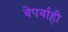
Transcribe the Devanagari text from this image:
बेपर्वाही